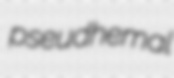
pseudhemal